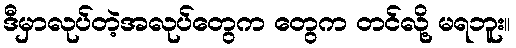
ဒီမှာလုပ်တဲ့အလုပ်တွေက တွေက တင်လို့ မရဘူး။